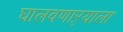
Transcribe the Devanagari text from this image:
घालवणाऱ्याला